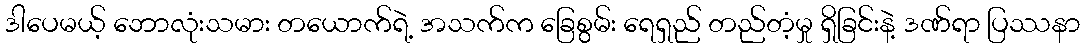
ဒါပေမယ့် ဘောလုံးသမား တယောက်ရဲ့ အသက်က ခြေစွမ်း ရေရှည် တည်တံ့မှု ရှိခြင်းနဲ့ ဒဏ်ရာ ပြဿနာ